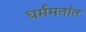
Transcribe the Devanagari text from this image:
धर्ममतांत